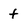
Character: f